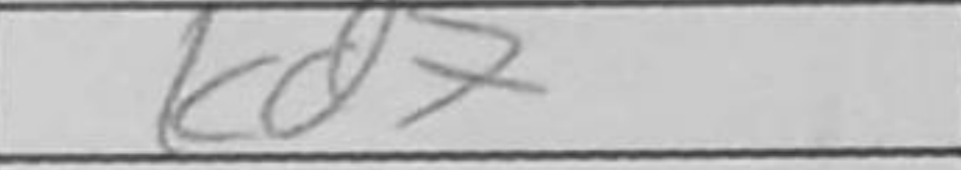
Transcription: Kd7